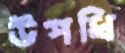
উপধি